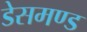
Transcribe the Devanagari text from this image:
डेसमण्ड